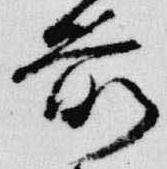
所